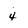
Character: 4